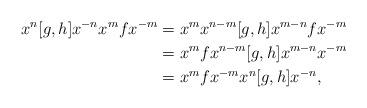
LaTeX: \begin{align*}x^n[g,h]x^{-n}x^mfx^{-m} &= x^m x^{n-m}[g,h]x^{m-n}fx^{-m}\\ &=x^m f x^{n-m}[g,h]x^{m-n}x^{-m}\\ &= x^mfx^{-m}x^n[g,h]x^{-n},\end{align*}